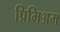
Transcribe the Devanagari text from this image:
प्रिमिअम